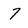
Character: 7